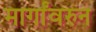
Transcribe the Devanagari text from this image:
मार्गांवरुन